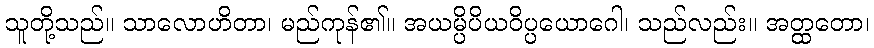
သူတို့သည်။ သာလောဟိတာ၊ မည်ကုန်၏။ အယမ္ပိပိယဝိပ္ပယောဂေါ၊ သည်လည်း။ အတ္ထတော၊